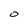
Character: O